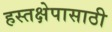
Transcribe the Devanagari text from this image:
हस्तक्षेपासाठी